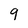
Character: 9